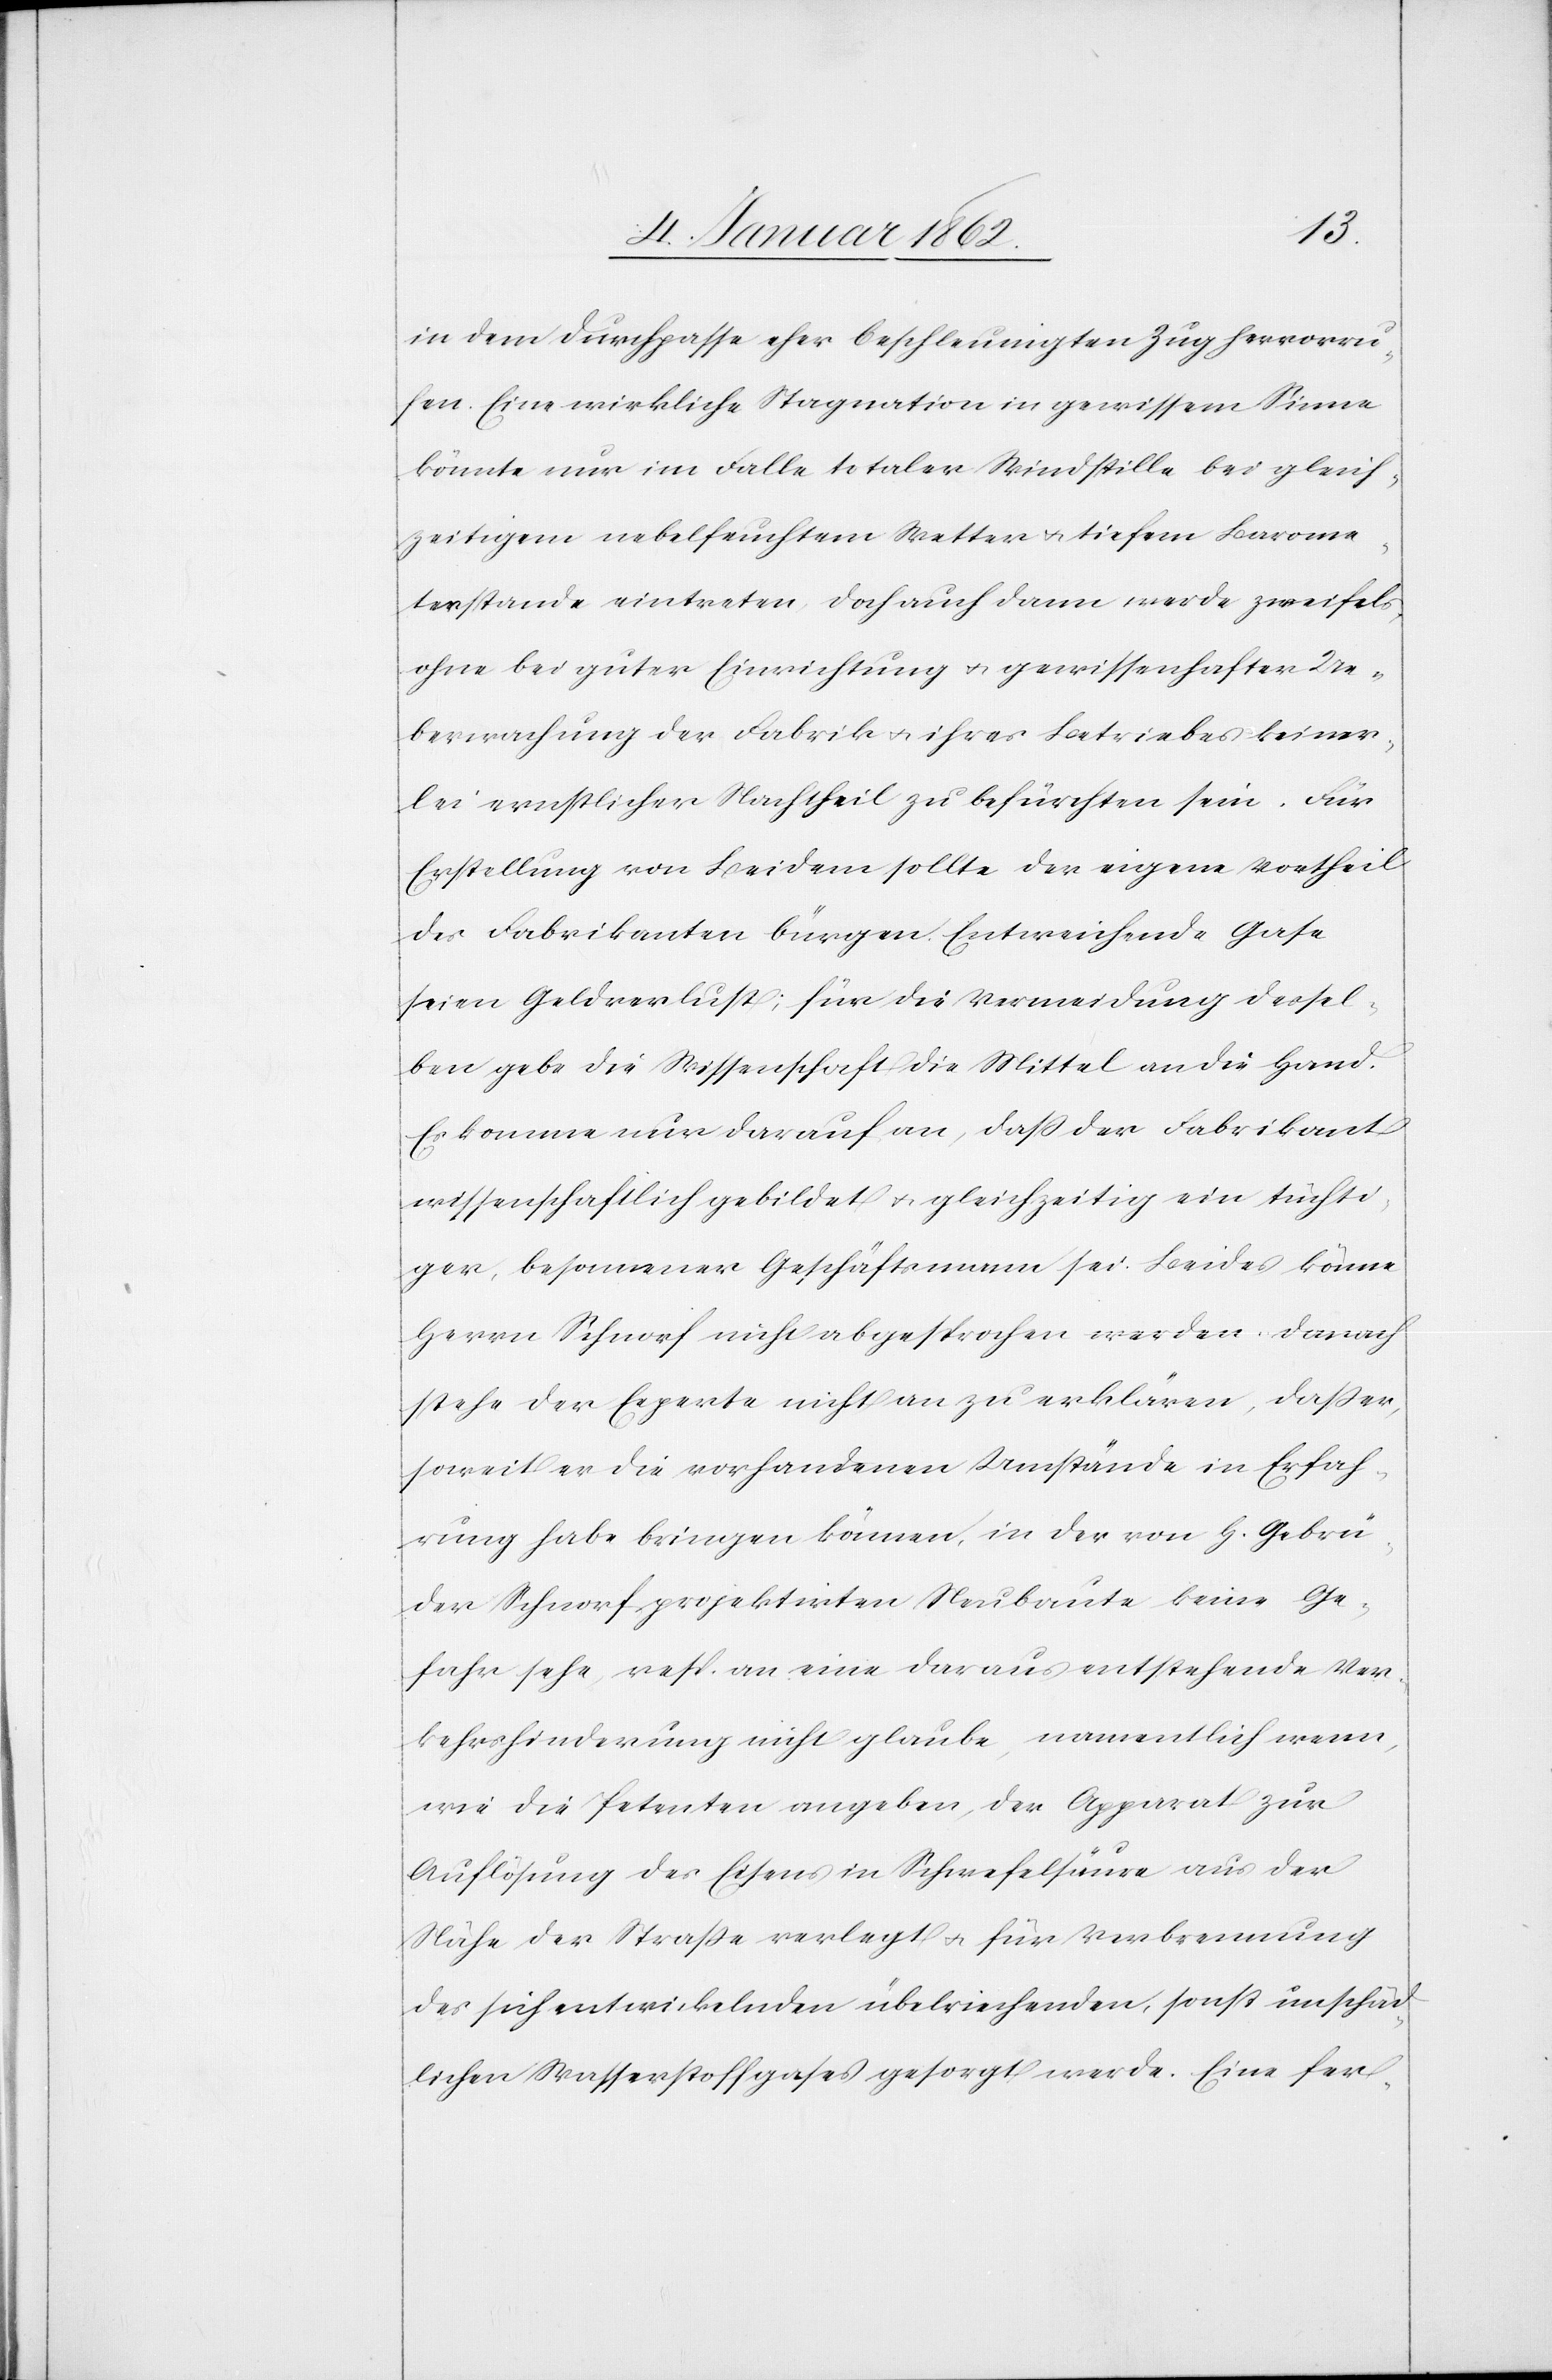
in dem Durchpasse eher beschleunigten Zug hervorru¬
fen. Eine wirkliche Stagnation in gewissem Sinne
könnte nur im Falle totaler Windstille bei gleich¬
zeitigem nebelfeuchtem Wetter u. tiefem Barome¬
terstande eintreten, doch auch dann werde zweifels¬
ohne bei guter Einrichtung u. gewissenhafter Ue¬
berwachung der Fabrik u. ihres Betriebes keiner¬
lei ernstlicher Nachtheil zu befürchten sein. Für
Erstellung von Beidem sollte der eigene Vortheil
des Fabrikanten bürgen. Entweichende Gase
seien Geldverlust; für die Vermeidung dessel¬
ben gebe die Wissenschaft die Mittel an die Hand.
Es komme nur darauf an, daß der Fabrikant
wissenschaftlich gebildet u. gleichzeitig ein tüchti¬
ger, besonnener Geschäftsmann sein. Beides könne
Herrn Schnorf nicht abgesprochen werden. Danach
stehe der Experte nicht an zu erklären, daß er,
soweit er die vorhandenen Umstände in Erfah¬
rung habe bringen können, in der von H. Gebrü¬
der Schnorf projektirten Neubaute keine Ge¬
fahr sehe, resp. an eine daraus entstehende Ver¬
kehrshinderung nicht glaube, namentlich wenn,
wie die Petenten angeben, der Apparat zur
Auflösung des Eisens in Schwefelsäure aus der
Nähe der Straße verlegt u. für Verbrennung
des sich entwickelnden übelriechenden, sonst unschäd¬
lichen Wasserstoffgases gesorgt werde. Eine fer-